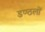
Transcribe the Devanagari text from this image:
डण्ठलों